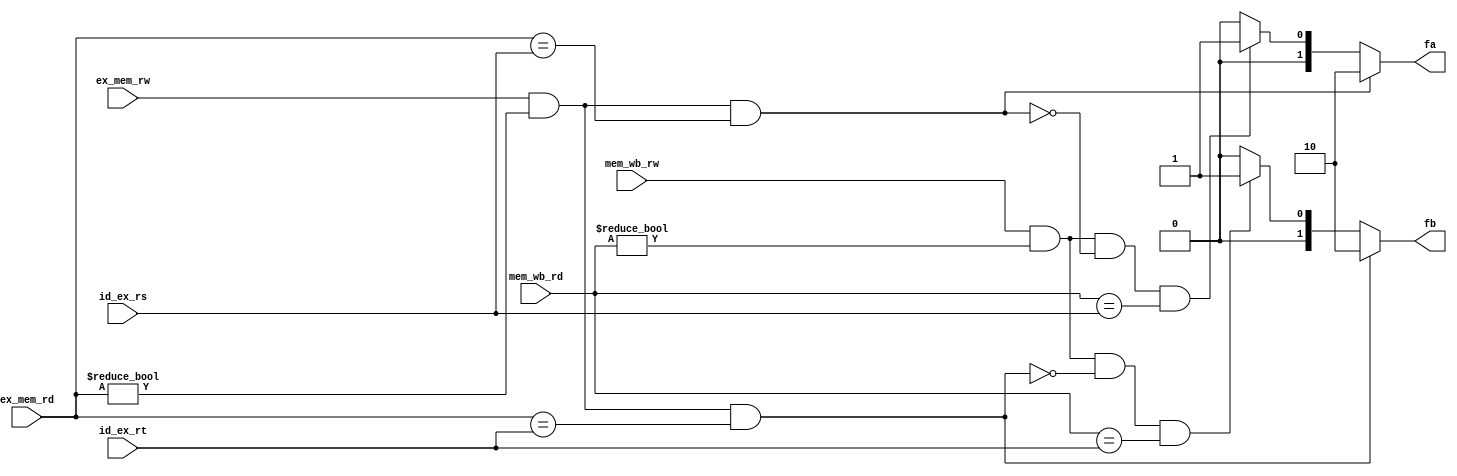
// A verilog MIPS forwarding unit

`ifndef _FORWARD_UNIT_V
`define _FORWARD_UNIT_V

module forward_unit (ex_mem_rd, ex_mem_rw, mem_wb_rd, mem_wb_rw, id_ex_rs, id_ex_rt, fa, fb);

input ex_mem_rw;    // register write control signal
input mem_wb_rw;    // register write control signal
input wire [4:0] ex_mem_rd;
input wire [4:0] mem_wb_rd;
input wire [4:0] id_ex_rs;
input wire [4:0] id_ex_rt;

output reg [1:0] fa;
output reg [1:0] fb;

always @(*) begin 
   // SLIDE 74 of 04_processor_FINAL.pdf
   // EX hazard
    if(ex_mem_rw && (ex_mem_rd != 0) && (ex_mem_rd == id_ex_rs))begin
       
        fa = 2;
    
    // MEM hazard 
    end else if (mem_wb_rw && (mem_wb_rd != 0) 
        && !(ex_mem_rw && (ex_mem_rd != 0) && (ex_mem_rd == id_ex_rs)) 
        && (mem_wb_rd == id_ex_rs))begin
    
        fa = 1;
    
    end else begin
        
        fa = 0;
    end
    
    if(ex_mem_rw && (ex_mem_rd != 0) && (ex_mem_rd == id_ex_rt))begin
    
        fb = 2;

    end else if(mem_wb_rw && (mem_wb_rd != 0) 
        && !(ex_mem_rw && (ex_mem_rd != 0) && (ex_mem_rd == id_ex_rt)) 
        && (mem_wb_rd == id_ex_rt))begin
    
        fb = 1;     
    
    end else begin
        
        fb = 0;
    end
end

endmodule
`endif